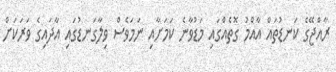
ރާއްޖޭގެ ކަނޑުތައް އާއްމު ގޮތެއްގައި މަޑުވާނެ ކަމަށާއި ނަމަވެސް ވިލާގަނޑުގައި އާދައިގެ ވަރަކަށް